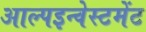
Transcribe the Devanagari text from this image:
आल्पइन्वेस्टमेंट